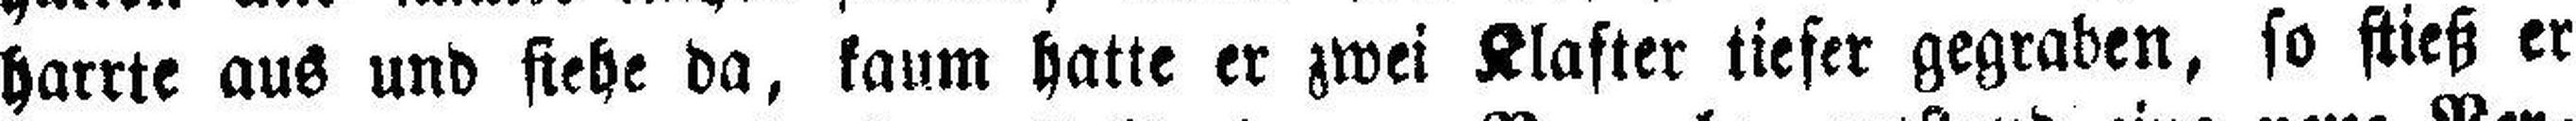
harrte aus und stehe da, kaum hatte er zwei Klafter tiefer gegraben, so stieß er